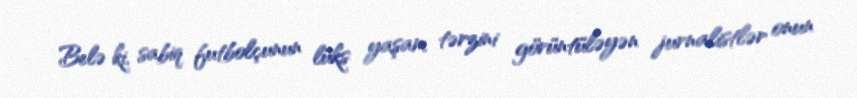
Belə ki, sabiq futbolçunun lüks yaşam tərzini görüntüləyən jurnalistlər onun